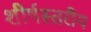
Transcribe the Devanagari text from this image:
शीर्षस्तरीय